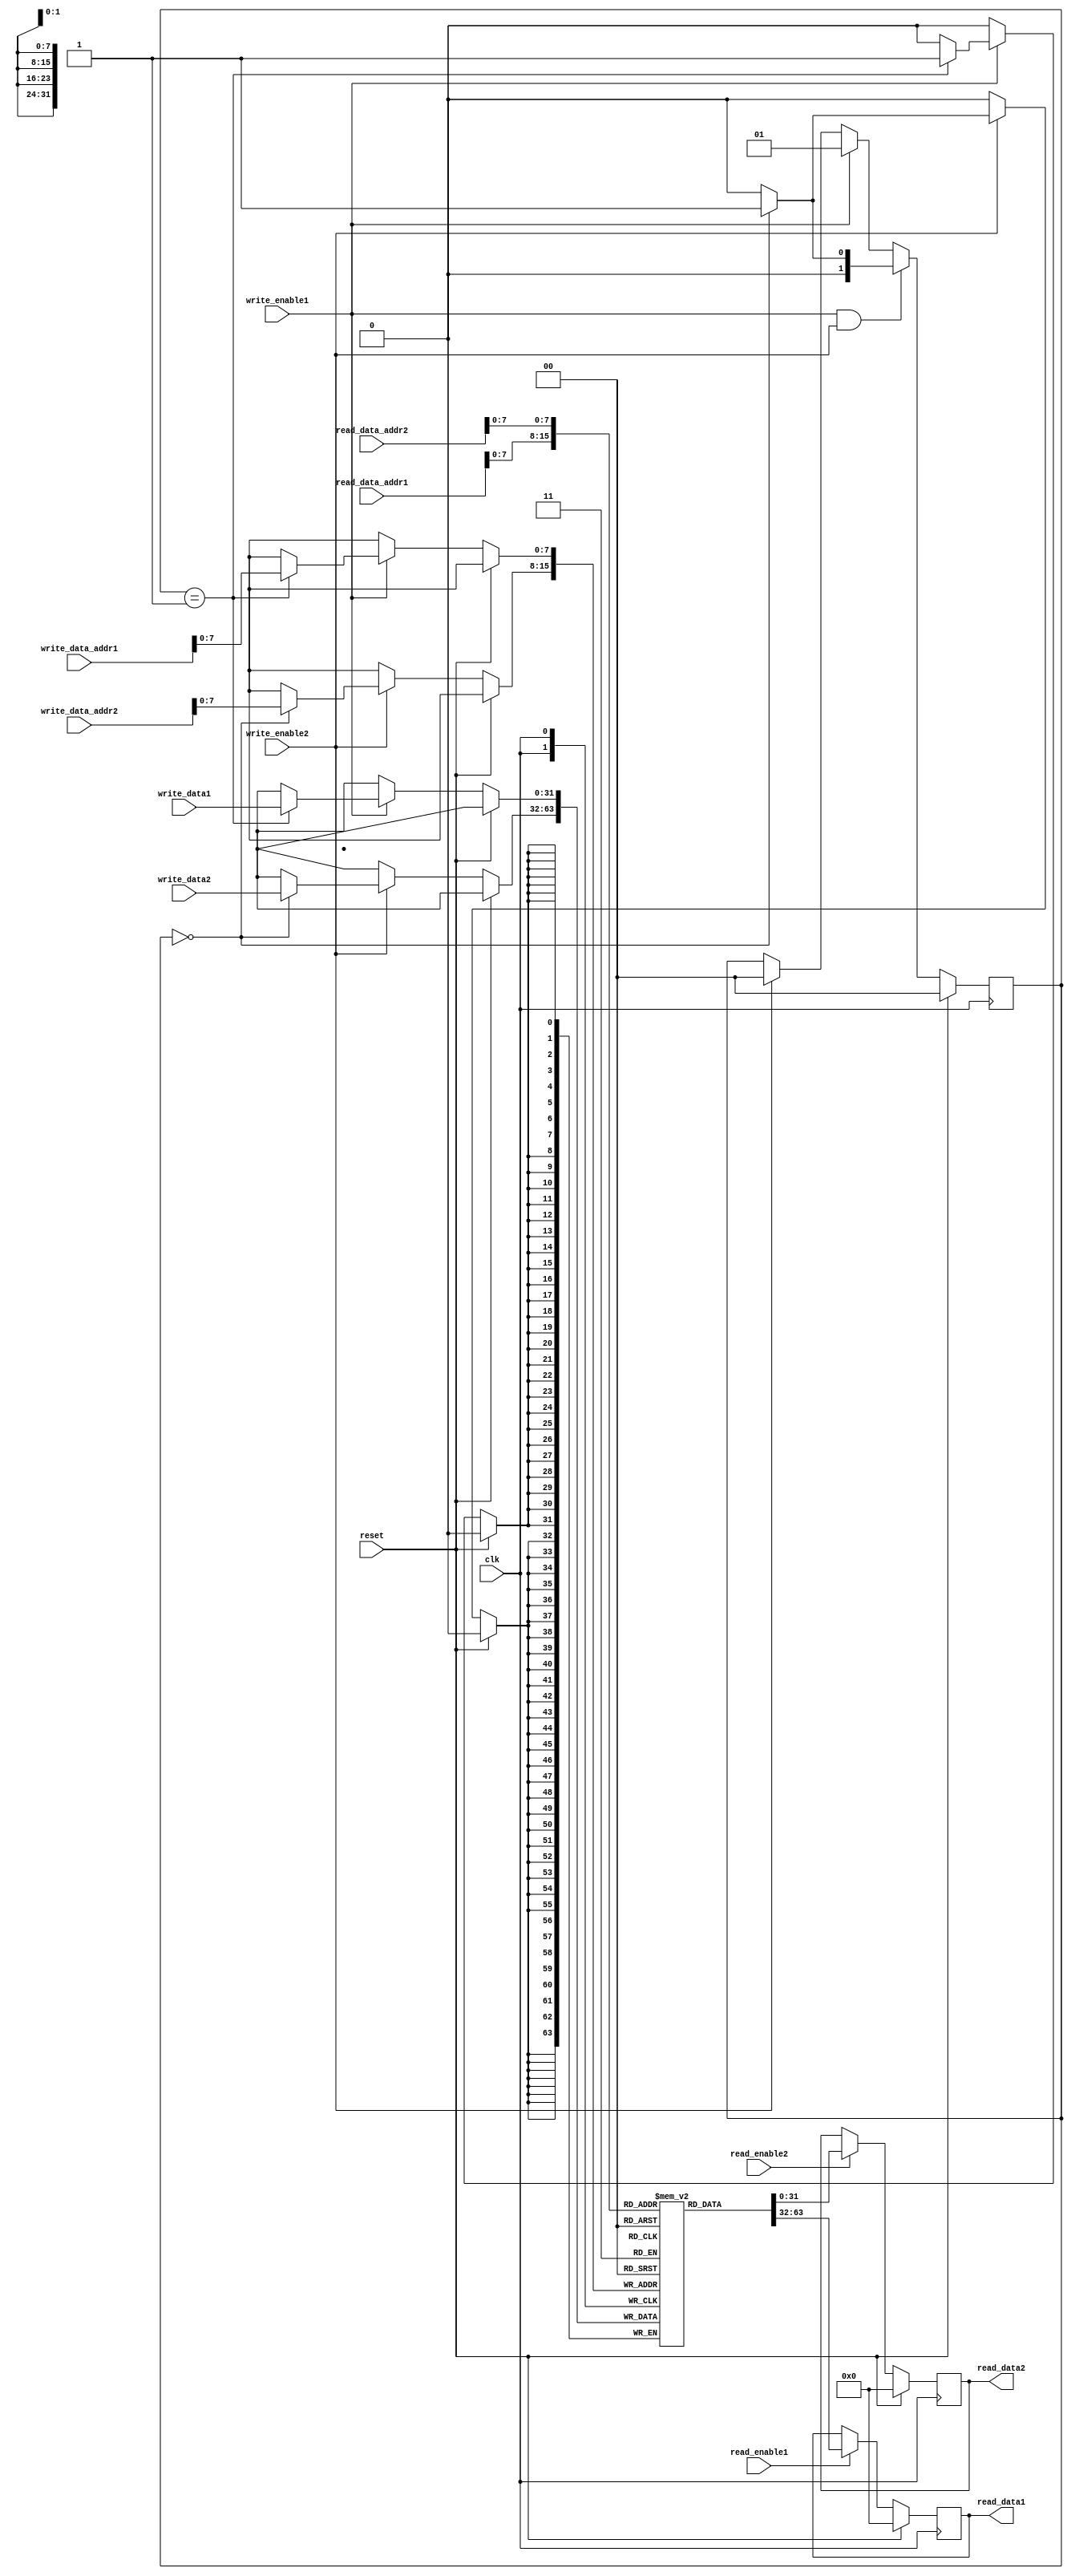
module dual_port_RAM(
    input wire clk,
    input wire reset,
    input wire [31:0] read_data_addr1,
    input wire [31:0] read_data_addr2,
    input wire [31:0] write_data_addr1,
    input wire [31:0] write_data_addr2,
    input wire [31:0] write_data1,
    input wire [31:0] write_data2,
    input wire read_enable1,
    input wire read_enable2,
    input wire write_enable1,
    input wire write_enable2,
    output reg [31:0] read_data1,
    output reg [31:0] read_data2
);

reg [31:0] memory [0:255]; // 256x32-bit RAM
reg [1:0] arbiter; // Arbitration module

always @ (posedge clk) begin
    if (reset) begin
        arbiter <= 0;
    end else begin
        if (write_enable1 && write_enable2) begin
            arbiter <= (arbiter == 0) ? 1 : 0; // Toggle between port 1 and port 2
        end else if (write_enable1) begin
            arbiter <= 1;
        end else if (write_enable2) begin
            arbiter <= 0;
        end
    end
end

always @ (posedge clk) begin
    if (reset) begin
        read_data1 <= 0;
        read_data2 <= 0;
    end else begin
        if (read_enable1) begin
            read_data1 <= memory[read_data_addr1];
        end
        if (read_enable2) begin
            read_data2 <= memory[read_data_addr2];
        end
        if (write_enable1) begin
            if (arbiter == 1) begin
                memory[write_data_addr1] <= write_data1;
            end
        end
        if (write_enable2) begin
            if (arbiter == 0) begin
                memory[write_data_addr2] <= write_data2;
            end
        end
    end
end

endmodule